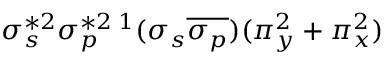
\sigma _ { s } ^ { * 2 } \sigma _ { p } ^ { * 2 } { } \, ^ { 1 } ( \sigma _ { s } \overline { { \sigma _ { p } } } ) ( \pi _ { y } ^ { 2 } + \pi _ { x } ^ { 2 } )